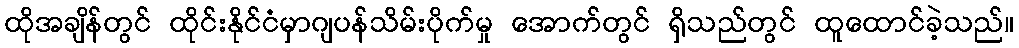
ထိုအချိန်တွင် ထိုင်းနိုင်ငံမှာဂျပန်သိမ်းပိုက်မှု အောက်တွင် ရှိသည်တွင် ထူထောင်ခဲ့သည်။